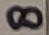
Text: 8